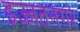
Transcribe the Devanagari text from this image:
इज्ज़तनगर